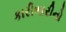
કારીભારીનો